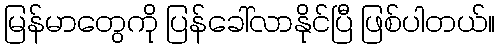
မြန်မာတွေကို ပြန်ခေါ်လာနိုင်ပြီ ဖြစ်ပါတယ်။